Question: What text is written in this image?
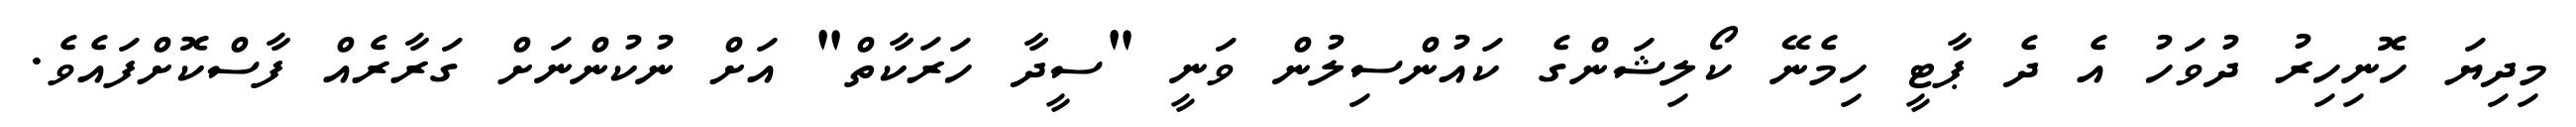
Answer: މިދިޔަ ހޮނިހިރު ދުވަހު އެ ދެ ޕާޓީ ހިމެނޭ ކޯލިޝަންގެ ކައުންސިލުން ވަނީ "ސީދާ ހަރަކާތް" އަށް ނުކުންނަށް ގަރާރެއް ފާސްކޮށްފައެވެ.